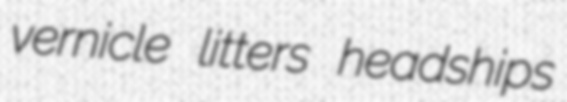
vernicle litters headships